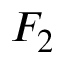
F _ { 2 }